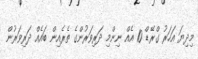
މިދިޔަ އަހަރު ގްރޭޑް 10 އެއް ނިންމި ދަރިވަރުންގެ ތެރެއިން ބައެއް ދަރިވަރުން